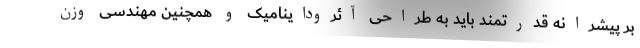
بر پیشرانه قدرتمند باید به طراحی آئروداینامیک و همچنین مهندسی وزن